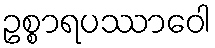
ဥစ္စာရပဿာဝေါ